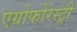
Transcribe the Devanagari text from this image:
एग्रोफोरेस्ट्री